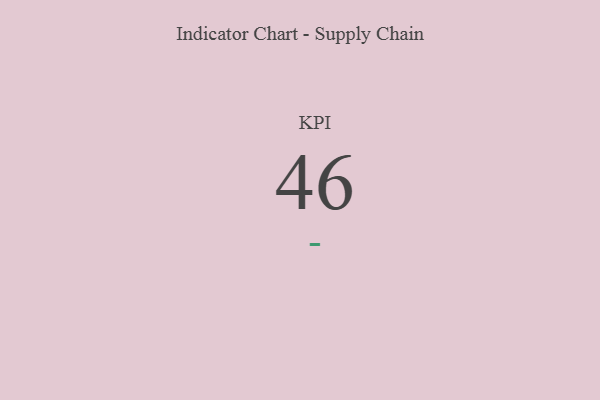
{"axis": {"x": "KPI", "y": "Value"}, "legend": [""], "data": [{"x": "KPI", "y": 46, "type": ""}]}